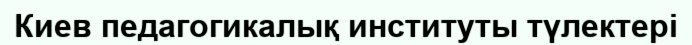
Киев педагогикалық институты түлектері